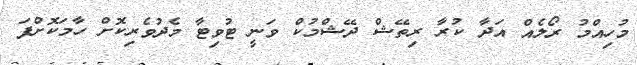
މުހިއްމު ރޯލެއް އަދާ ކުރާ ރިތޭޝް ދޭޝްމުކް ވަނީ ޓުވިޓާ މެދުވެރިކޮށް ހާމަކޮށްފަ